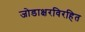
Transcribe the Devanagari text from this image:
जोडाक्षरविरहित